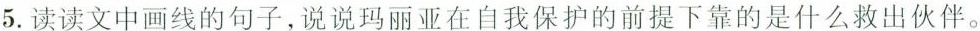
5.读读文中画线的句子，说说玛丽亚在自我保护的前提下靠的是什么救出伙伴。